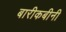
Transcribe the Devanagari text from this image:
बारीकबीनी